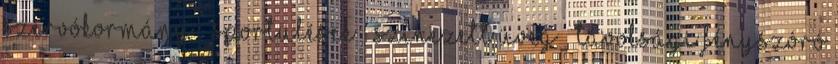
szervókormány – sportülések – színezett üveg – távolsági fényszóró